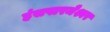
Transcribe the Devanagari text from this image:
हंसपारमेश्वर